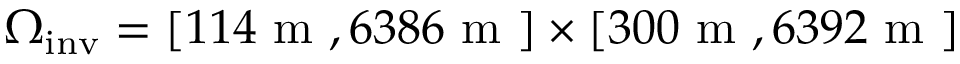
\Omega _ { \mathrm { i n v } } = [ 1 1 4 \mathrm { ~ m ~ } , 6 3 8 6 \mathrm { ~ m ~ } ] \times [ 3 0 0 \mathrm { ~ m ~ } , 6 3 9 2 \mathrm { ~ m ~ } ]